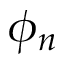
\phi _ { n }